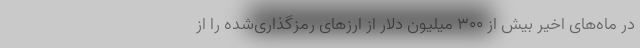
در ماه‌های اخیر بیش از ۳۰۰ میلیون دلار از ارزهای رمزگذاری‌شده را از